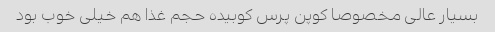
بسیار عالی مخصوصا کوپن پرس کوبیده حجم غذا هم خیلی خوب بود